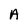
Character: A